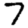
Digit: 7